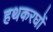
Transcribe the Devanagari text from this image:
हथकरघों